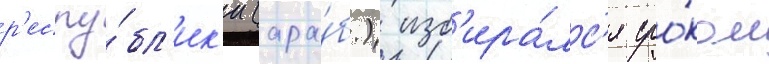
р'еспу́бл'ик'и (ара́б.) изб'ира́лс'я сро́ком